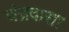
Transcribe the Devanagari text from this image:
चंद्रदासा